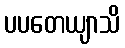
ပပတေယျာသိ